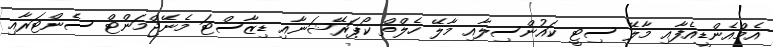
އެމްއެންޑީއެފާއި މާލޭ ސިޓީ ކައުންސިލާއި މާލޭ ހެލްތް ކޯޕަރޭޝަނާއި ޑިޒާސްޓަ މެނޭޖްމަންޓް ސެންޓަރާއި